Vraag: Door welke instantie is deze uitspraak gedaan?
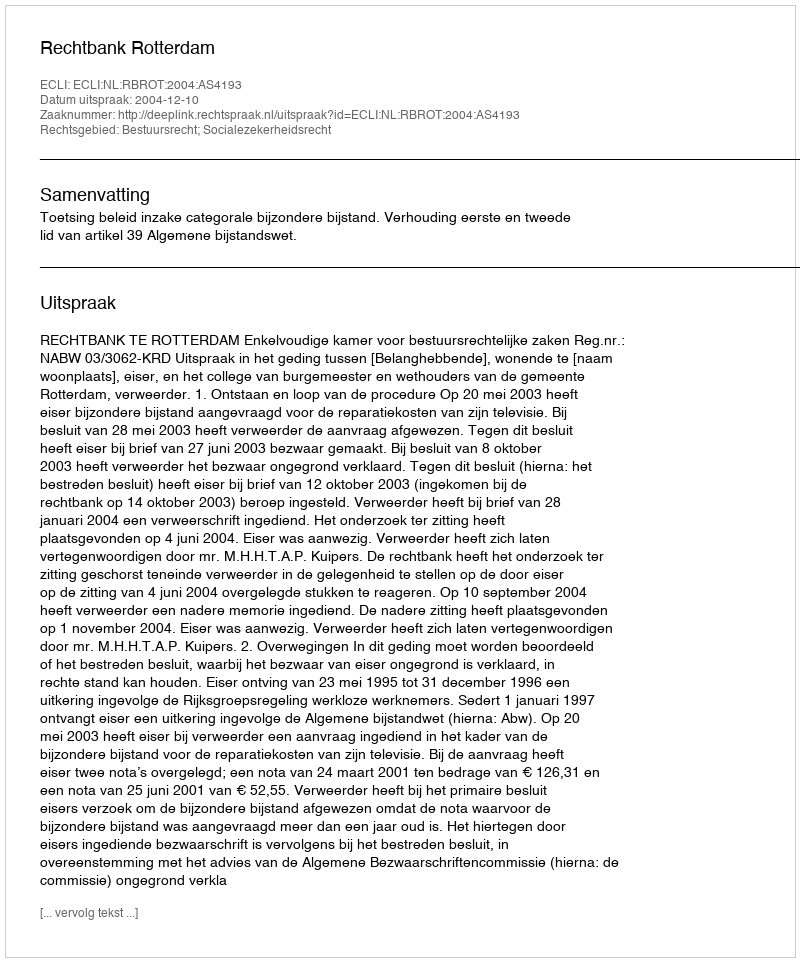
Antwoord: Rechtbank Rotterdam